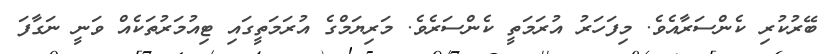
ބޭރުކުރި ކެންސަރާއެވެ. މިފަހަރު އުރަމަތީ ކެންސަރެވެ. މަރިޔަމްގެ އުރަމަތީގައި ޓިއުމަރުތަކެއް ވަނީ ނަގާފަ